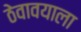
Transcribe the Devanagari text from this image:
ठेवावयाला